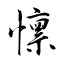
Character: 懔